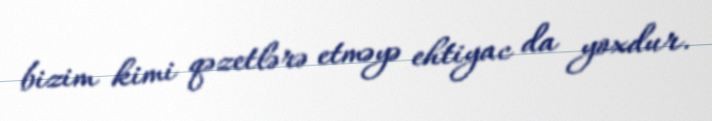
bizim kimi qəzetlərə etməyə ehtiyac da yoxdur.